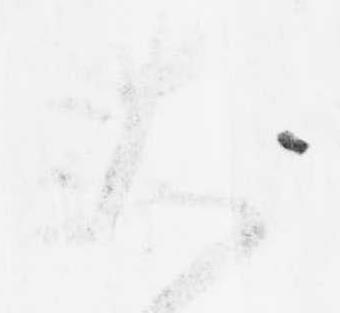
大